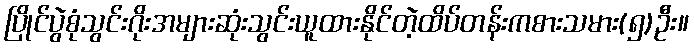
ပြိုင်ပွဲစုံသွင်းဂိုးအများဆုံးသွင်းယူထားနိုင်တဲ့ထိပ်တန်းကစားသမား(၅)ဦး။